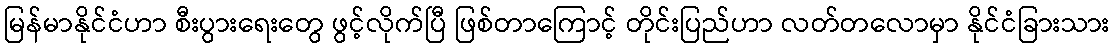
မြန်မာနိုင်ငံဟာ စီးပွားရေးတွေ ဖွင့်လိုက်ပြီ ဖြစ်တာကြောင့် တိုင်းပြည်ဟာ လတ်တလောမှာ နိုင်ငံခြားသား